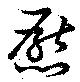
懕